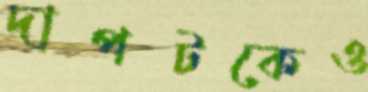
দাপটকেও